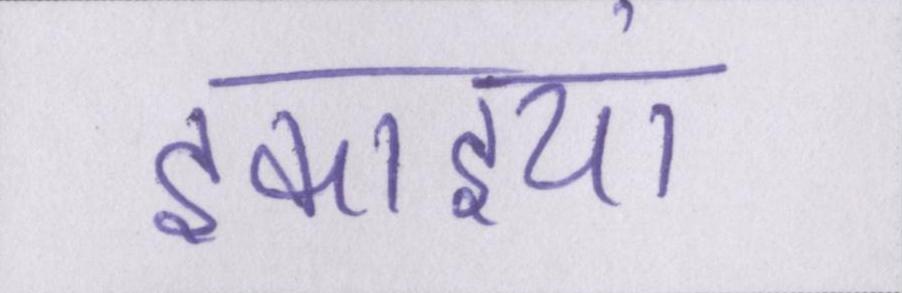
इकाइयां